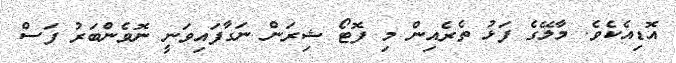
އޮޑިއެކެވެ. މާލޭގެ ފަޅު ތެރެއިން މި ފޮޓޯ ޝިރަން ނަގާފައިވަނީ ނޮވެންބަރު ފަސް